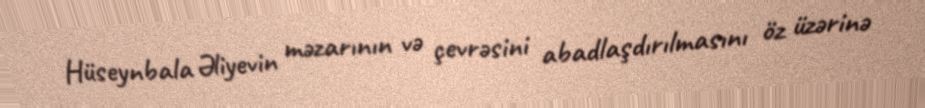
Hüseynbala Əliyevin məzarının və çevrəsini abadlaşdırılmasını öz üzərinə